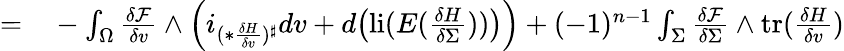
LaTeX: \begin{array}{rl}{=}&{{}-\int_{\Omega}\frac{\delta\mathcal{F}}{\delta v}\wedge\Big(i_{(\ast\frac{\delta H}{\delta v})^{\sharp}}dv+d\big(\mathrm{li}(E(\frac{\delta H}{\delta\Sigma}))\big)\Big)+(-1)^{n-1}\int_{\Sigma}\frac{\delta\mathcal{F}}{\delta\Sigma}\wedge\mathrm{tr}(\frac{\delta H}{\delta v})}\end{array}